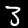
Digit: 3